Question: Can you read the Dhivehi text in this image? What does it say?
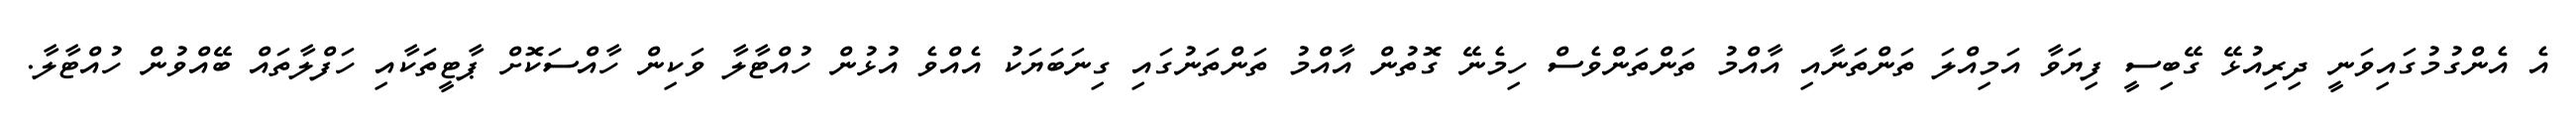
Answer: އެ އެންގުމުގައިވަނީ ދިރިއުޅޭ ގޭބިސީ ފިޔަވާ އަމިއްލަ ތަންތަނާއި އާއްމު ތަންތަންވެސް ހިމެނޭ ގޮތުން އާއްމު ތަންތަނުގައި ގިނަބަޔަކު އެއްވެ އުޅުން ހުއްޓާލާ ވަކިން ހާއްސަކޮށް ޕާޓީތަކާއި ހަފްލާތައް ބޭއްވުން ހުއްޓާލާ.